Problem: 3 × 6 = ?
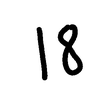
Handwritten answer: 18